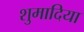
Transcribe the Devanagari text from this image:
शुमादिया